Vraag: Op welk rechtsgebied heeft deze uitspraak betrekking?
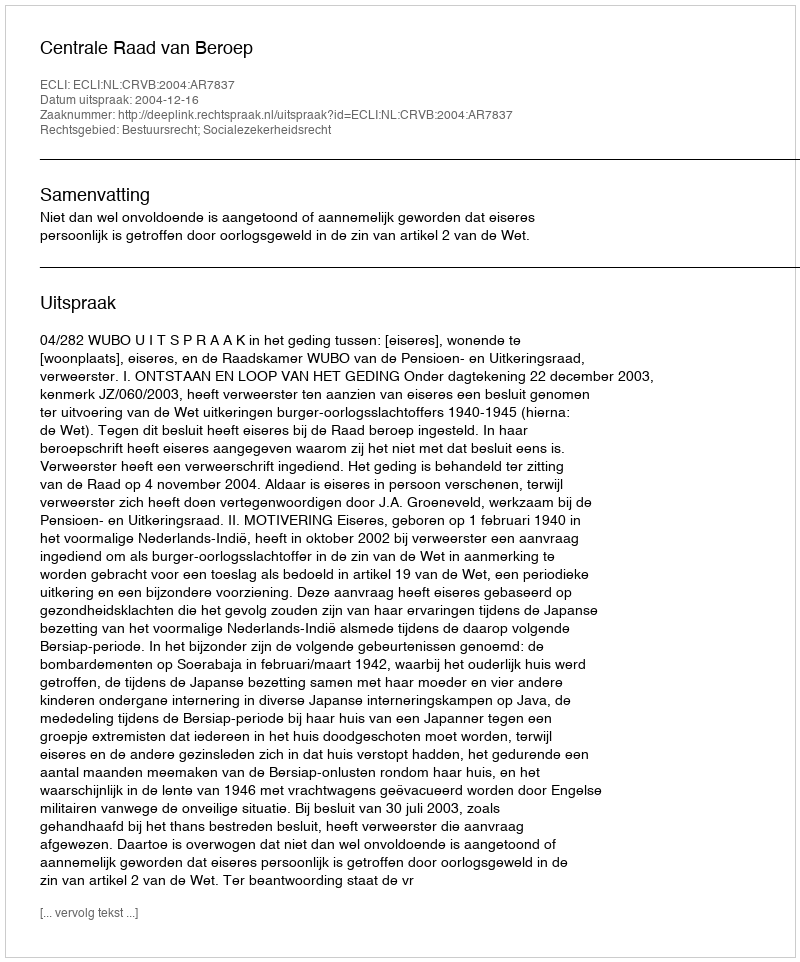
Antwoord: Bestuursrecht; Socialezekerheidsrecht